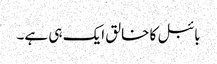
بائبل کا خالق ایک ہی ہے۔